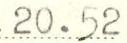
20.52